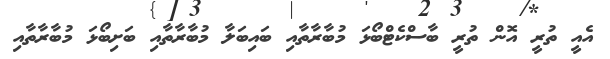
އެއީ ތުރީ އޮން ތުރީ ބާސްކެޓްބޯޅަ މުބާރާތާއި ބައިބަލާ މުބާރާތާއި ބަށިބޯޅަ މުބާރާތާއި